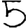
Digit: 5